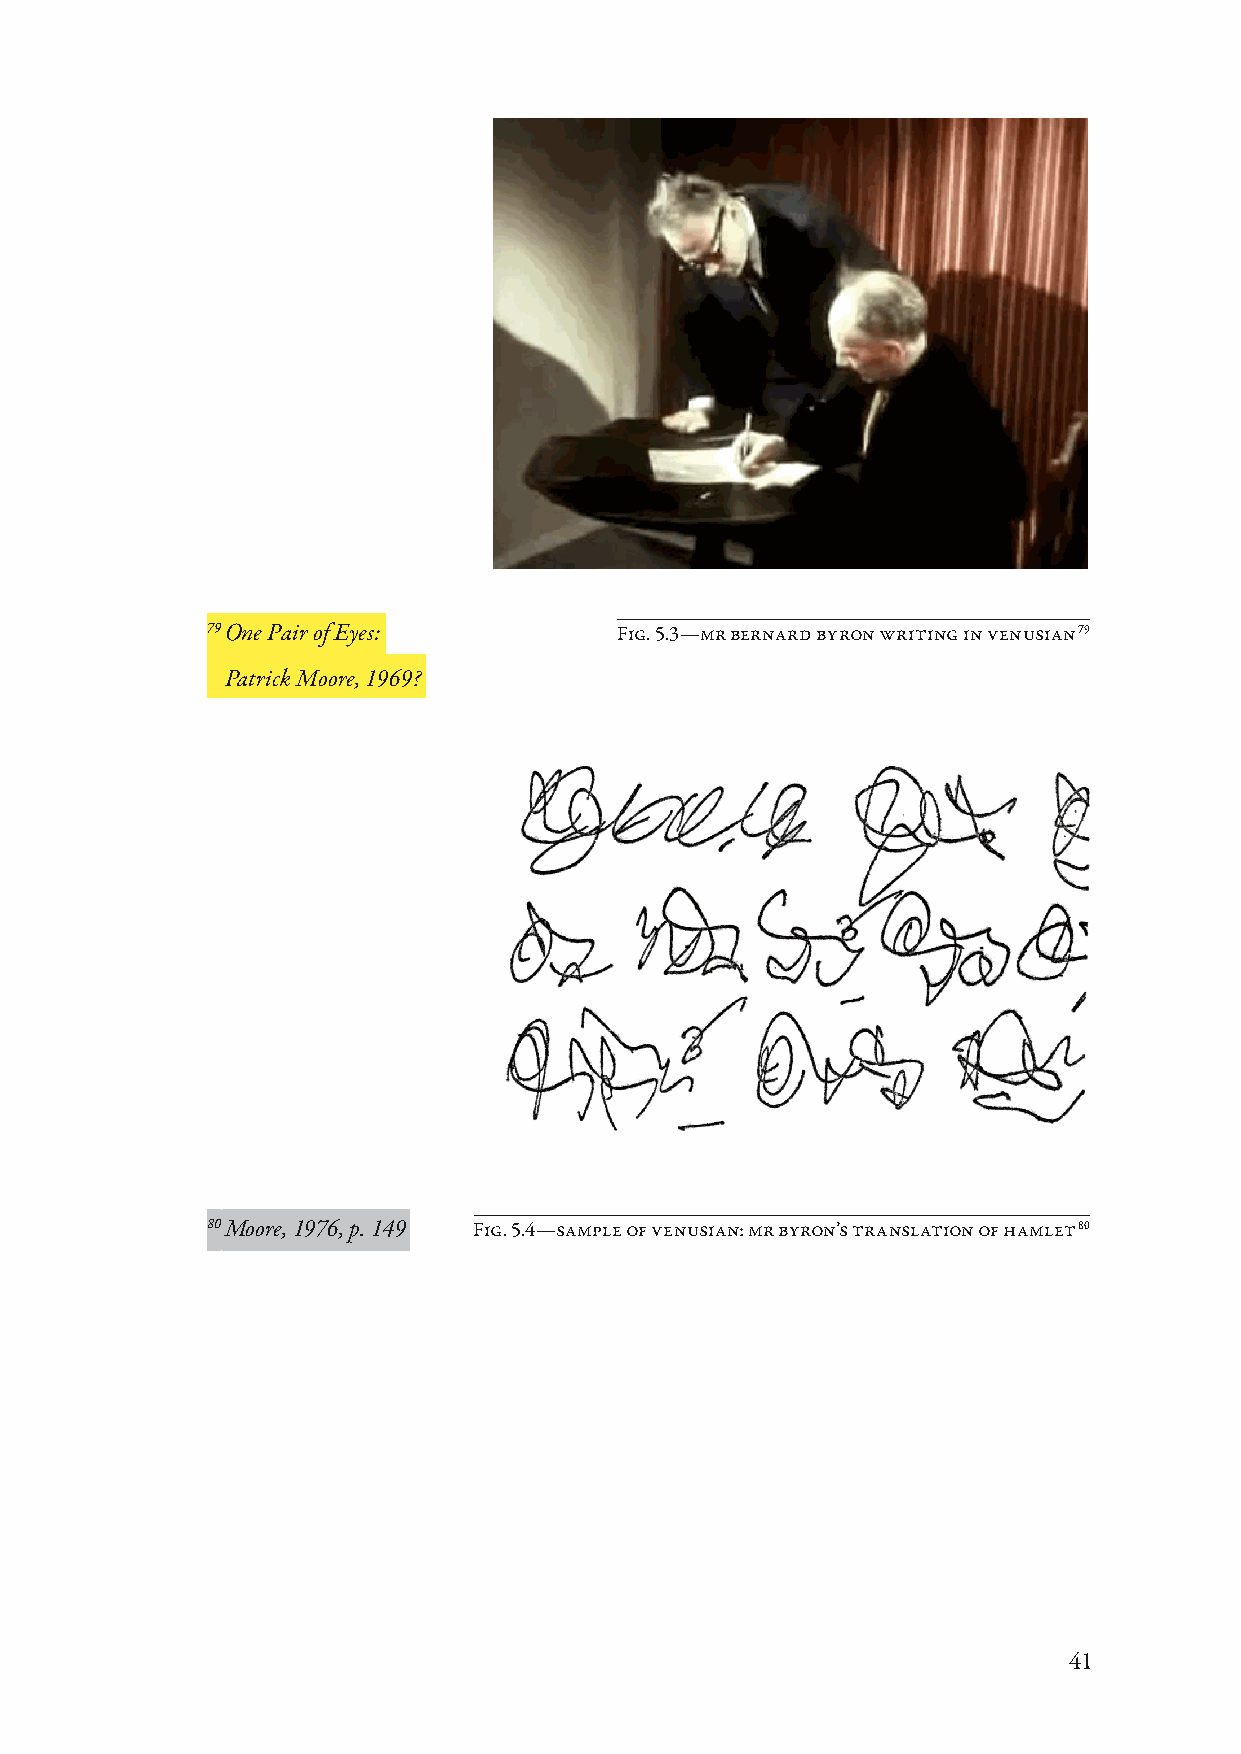
79 One Pair of Eyes:       Fig. 5.3—mr bernard byron writing in venusian 79
 Patrick Moore, 1969?
 80 Moore, 1976, p. 149 Fig. 5.4—sample of venusian: mr byron’s translation of hamlet 80
 41